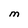
Character: M